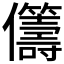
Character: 𠑥